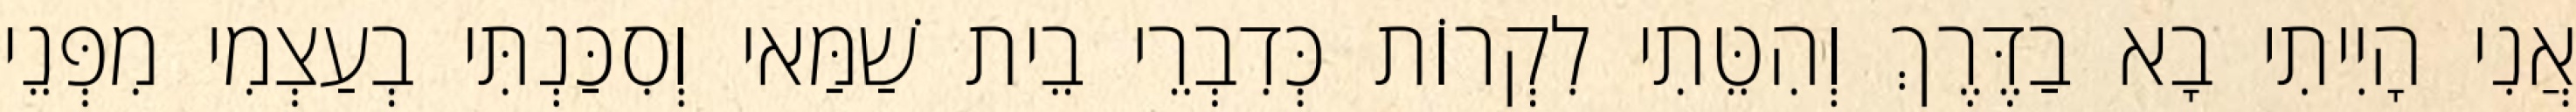
אֲנִי הָיִיתִי בָא בַדֶּרֶךְ וְהִטֵּתִי לִקְרוֹת כְּדִבְרֵי בֵית שַׁמַּאי וְסִכַּנְתִּי בְעַצְמִי מִפְּנֵי